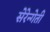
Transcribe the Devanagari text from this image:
सेरेन्गेती